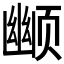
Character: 𬱮